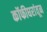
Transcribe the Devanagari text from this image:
कॉफीघरांतून